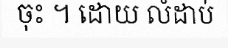
ចុះ ។ ដោយ លំដាប់